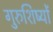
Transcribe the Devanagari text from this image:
गुरुशिष्यों